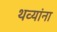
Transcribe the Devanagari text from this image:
थव्यांना